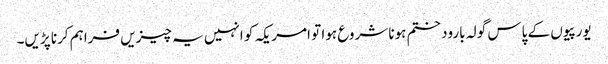
یورپیوں کے پاس گولہ بارود ختم ہونا شروع ہوا تو امریکہ کو انہیں یہ چیزیں فراہم کرنا پڑیں۔